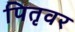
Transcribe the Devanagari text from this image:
पितृवर